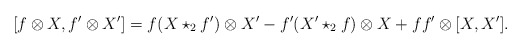
\begin{align*}[f\otimes X, f'\otimes X' ]= f(X\star_{2} f') \otimes X' - f' (X'\star_2 f) \otimes X + f f' \otimes [X,X']. \end{align*}